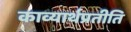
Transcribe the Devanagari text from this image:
काव्यार्थप्रतीति